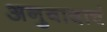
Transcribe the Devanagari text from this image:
अनुवादाचं